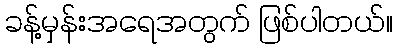
ခန့်မှန်းအရေအတွက် ဖြစ်ပါတယ်။